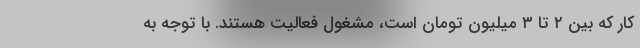
کار که بین ۲ تا ۳ میلیون تومان است‌، مشغول فعالیت هستند. با توجه به